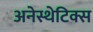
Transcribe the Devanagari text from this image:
अनेस्थेटिक्स